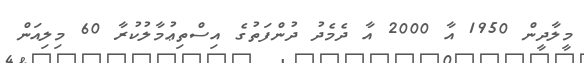
މީލާދީން 1950 އާ 2000 އާ ދެމެދު ދުންފަތުގެ އިސްތިޢުމާލުކުރާ 60 މިލިއަން